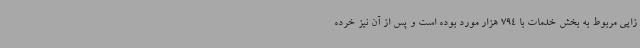
زایی مربوط به بخش خدمات با 794 هزار مورد بوده است و پس از آن نیز خرده